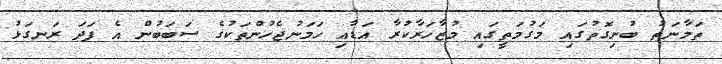
ތަމާނަތު ބުނިގޮތުގައި މަގުމަތީގައި މުޒާހަރާކުރާ އަޑާއި ހަމަނުޖެހުންތަކުގެ ސަބަބުން އެ ފަދަ ރަނގަޅު